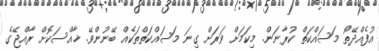
އުފެއްދޭތޯ މަސައްކަތް ކުރާނަން. މިކަމަށް ވަރަށް ގިނަ މަސައްކަތްތަކެއް ބޭނުންވޭ. ޚާއްސަކޮށް ރާއްޖޭގެ